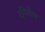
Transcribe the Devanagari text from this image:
दवितीय